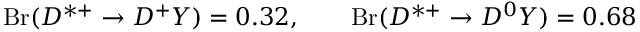
\mathrm { B r } ( D ^ { * + } \to D ^ { + } Y ) = 0 . 3 2 , \qquad \mathrm { B r } ( D ^ { * + } \to D ^ { 0 } Y ) = 0 . 6 8